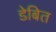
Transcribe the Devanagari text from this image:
डेबित